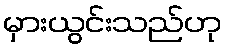
မှားယွင်းသည်ဟု